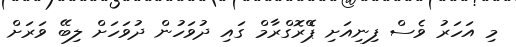
މި އަހަރު ވެސް ފިނިއަށި ޕްެރޮގްރާމް ގައި ދުވަހުން ދުވަހަށް ލިބޭ ވަރަށް